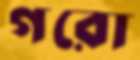
গরো